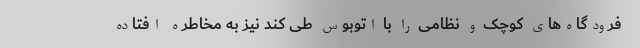
فرودگاه‌های کوچک و نظامی را با اتوبوس طی کند نیز به مخاطره افتاده